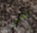
المطهر